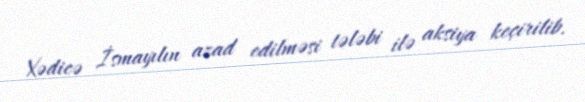
Xədicə İsmayılın azad edilməsi tələbi ilə aksiya keçirilib.